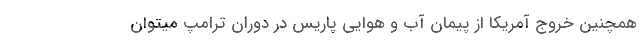
همچنین خروج آمریکا از پیمان آب و هوایی پاریس در دوران ترامپ میتوان